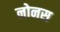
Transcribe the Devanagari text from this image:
नोनस